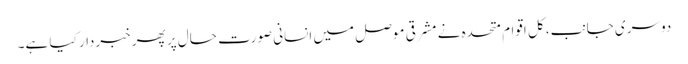
دوسری جانب، کل اقوام متحدہ نے مشرقی موصل میں انسانی صورت حال پر پھر خبردار کیا ہے۔